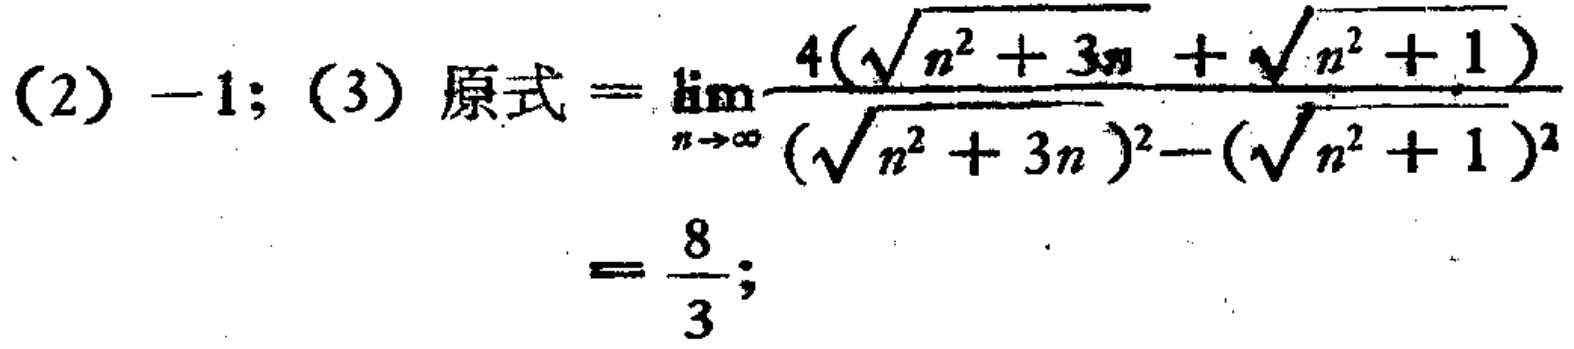
(2) \(-1\); (3) 原式 \(=\lim_{n \to \infty} \frac{4(\sqrt{n^{2}+3n}+\sqrt{n^{2}+1})}{(\sqrt{n^{2}+3n})^{2}-(\sqrt{n^{2}+1})^{2}}=\frac{8}{3}\);